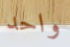
واحد